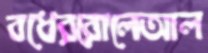
বধেররোলেআল